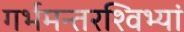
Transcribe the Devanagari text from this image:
गर्भमन्तरश्विभ्यां